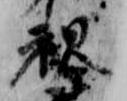
視